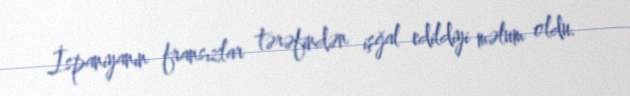
İspaniyanın fransızlar tərəfindən işğal edildiyi məlum oldu.